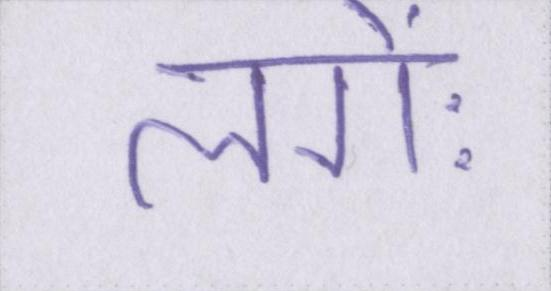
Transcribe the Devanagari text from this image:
लगेः